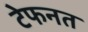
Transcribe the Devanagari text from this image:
टेफनत